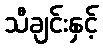
သီချင်းနှင့်